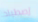
إصطياد